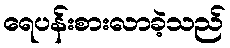
ရေပန်းစားလာခဲ့သည်